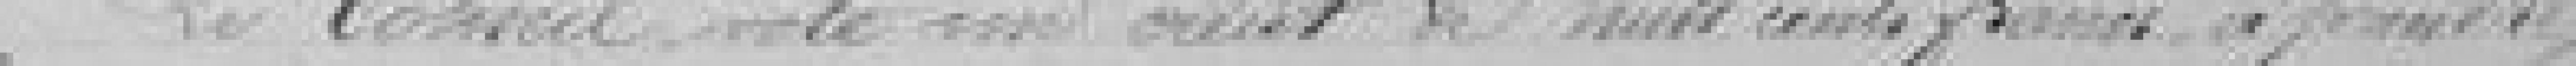
Le conseil vote un  crédit de huit cent francs à prendre